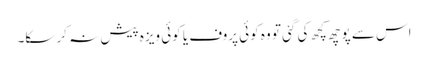
اس سے پوچھ کچھ کی گئی تو وہ کوئی پروف یا کوئی ویزہ پیش نہ کر سکا۔